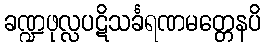
ခဏ္ဍဖုလ္လပဋိသင်္ခရဏမတ္တေနပိ